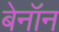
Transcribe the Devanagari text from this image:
बेनॉन